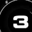
Digit: 3